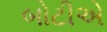
બોટીએ